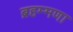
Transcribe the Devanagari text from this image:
ब्रहम्मणा